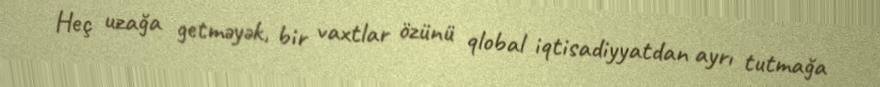
Heç uzağa getməyək, bir vaxtlar özünü qlobal iqtisadiyyatdan ayrı tutmağa